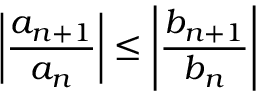
\left\vert { \frac { a _ { n + 1 } } { a _ { n } } } \right\vert \leq \left\vert { \frac { b _ { n + 1 } } { b _ { n } } } \right\vert